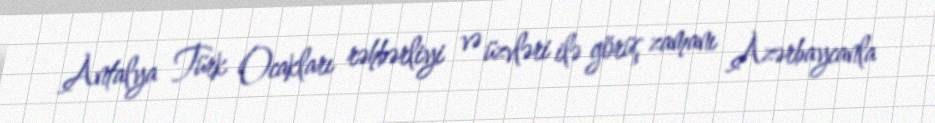
Antalya Türk Ocakları rəhbərliyi və üzvləri ilə görüş zamanı Azərbaycanla